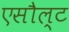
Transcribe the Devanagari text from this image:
एसौल्ट